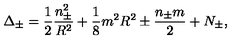
\Delta _ { \pm } = \displaystyle \frac { 1 } { 2 } \displaystyle \frac { n _ { \pm } ^ { 2 } } { R ^ { 2 } } + \displaystyle \frac { 1 } { 8 } m ^ { 2 } R ^ { 2 } \pm \displaystyle \frac { n _ { \pm } m } { 2 } + N _ { \pm } ,